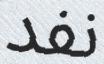
نفد